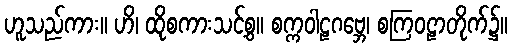
ဟူသည်ကား။ ဟိ၊ ထိုစကားသင့်စွ။ စက္ကဝါဠဂဗ္ဘေ၊ စကြဝဠာတိုက်၌။